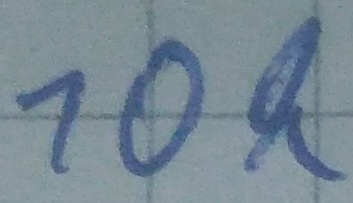
Text: 10k